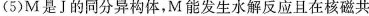
(5)M是J的同分异构体，M能发生水解反应且在核磁共